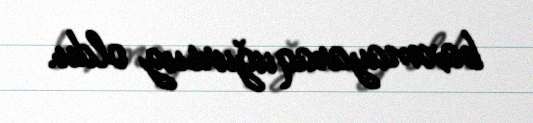
baxmayaraq uğursuz oldu.